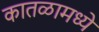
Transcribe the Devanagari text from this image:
कातळामध्ये